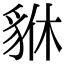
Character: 貅